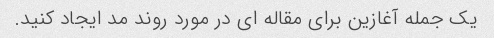
یک جمله آغازین برای مقاله ای در مورد روند مد ایجاد کنید.